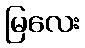
မြလေး